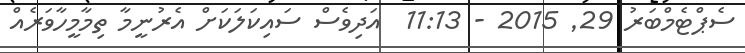
ސެޕްޓެމްބަރު 29